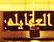
العقايله